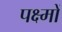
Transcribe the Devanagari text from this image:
पक्ष्मों